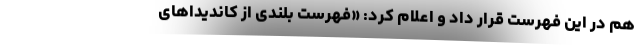
هم در این فهرست قرار داد و اعلام کرد: «فهرست بلندی از کاندیداهای